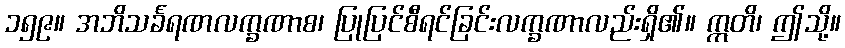
၁၅၉။ အဘိသင်္ခရဏလက္ခဏာစ၊ ပြုပြင်စီရင်ခြင်းလက္ခဏာလည်းရှိ၏။ ဣတိ၊ ဤသို့။